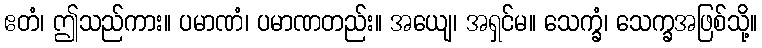
ဧတံ၊ ဤသည်ကား။ ပမာဏံ၊ ပမာဏတည်း။ အယျေ၊ အရှင်မ။ သေက္ခံ၊ သေက္ခအဖြစ်သို့။